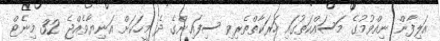
އަލިފާން ނިއްވުމުގެ މަސައްކަތުގައި ހަރަކާތްތެރިވި ސިފައިންގެ ދެ މީހަކަށް އަނިޔާވެއްޖެ 32 މިނެޓް